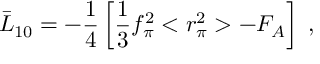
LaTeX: \bar { L } _ { 1 0 } = - \frac { 1 } { 4 } \left[ \frac { 1 } { 3 } f _ { \pi } ^ { 2 } < r _ { \pi } ^ { 2 } > - F _ { A } \right] \; ,